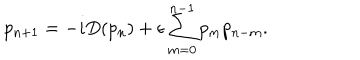
p _ { n + 1 } = - i D ( p _ { n } ) + \epsilon \sum _ { m = 0 } ^ { n - 1 } p _ { m } p _ { n - m } .